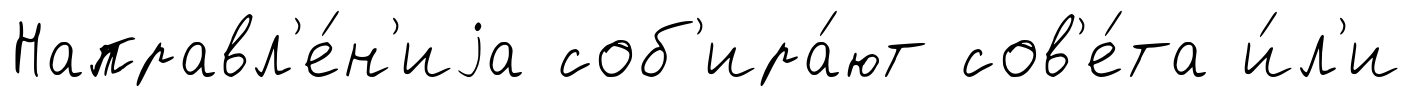
Направл'е́н'иjа соб'ира́ют сов'е́та и́л'и